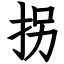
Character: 拐